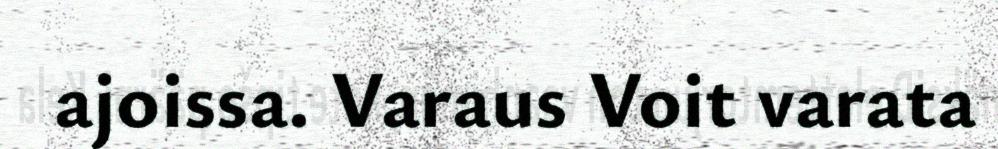
ajoissa. Varaus Voit varata